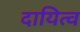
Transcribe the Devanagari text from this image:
दायित्‍व